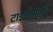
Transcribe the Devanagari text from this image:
टाइपोग्राफ़ी